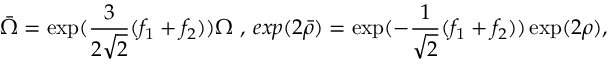
\bar { \Omega } = \exp ( \frac { 3 } { 2 \sqrt { 2 } } ( f _ { 1 } + f _ { 2 } ) ) \Omega \ , \, e x p ( 2 \bar { \rho } ) = \exp ( - \frac { 1 } { \sqrt { 2 } } ( f _ { 1 } + f _ { 2 } ) ) \exp ( 2 \rho ) ,